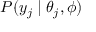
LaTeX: P ( y _ { j } \mid \theta _ { j } , \phi )